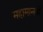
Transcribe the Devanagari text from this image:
महामानवों